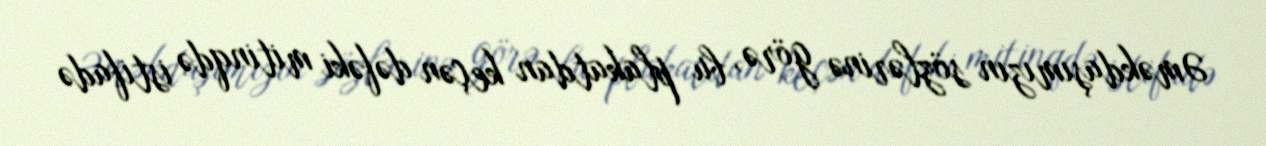
Əməkdaşımızın sözlərinə görə, bu plakatdan keçən dəfəki mitinqdə istifadə